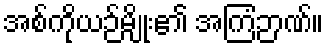
အစ်ကိုယဉ်မျိုး၏ အကြံဉာဏ်။